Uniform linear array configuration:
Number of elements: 48
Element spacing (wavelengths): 1
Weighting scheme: cosine
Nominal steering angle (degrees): -60
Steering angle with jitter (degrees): -58.319
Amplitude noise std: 0.05
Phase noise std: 0.05

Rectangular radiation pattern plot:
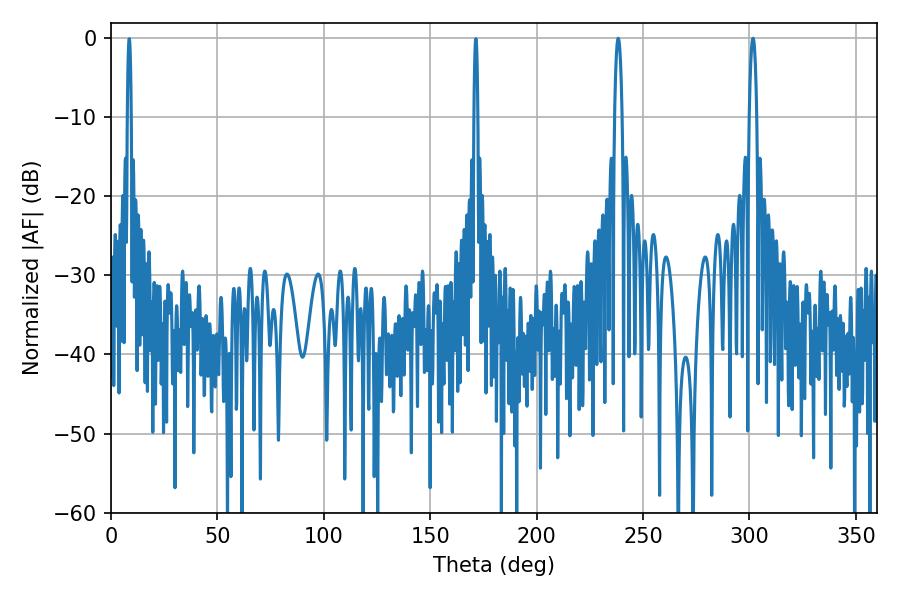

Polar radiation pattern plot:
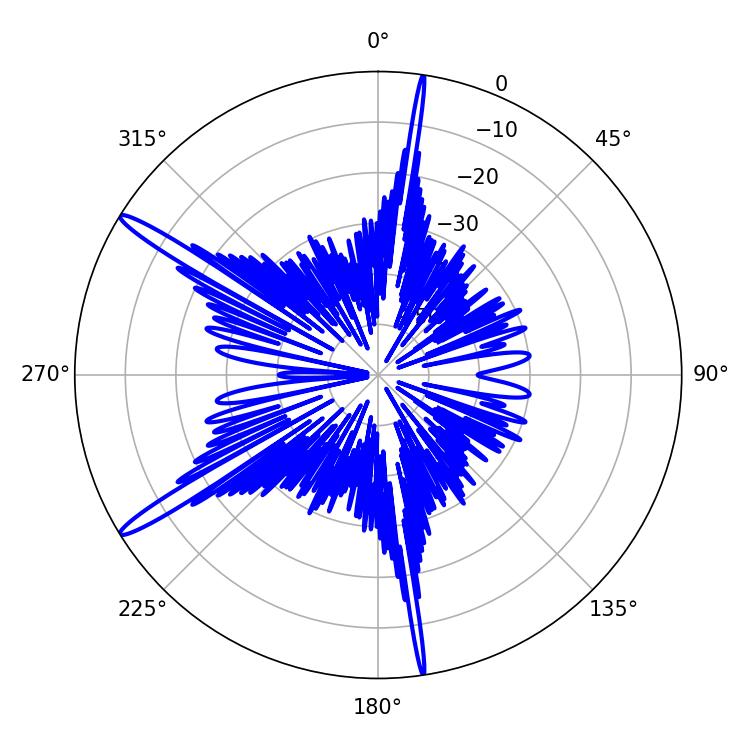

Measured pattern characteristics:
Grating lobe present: TRUE
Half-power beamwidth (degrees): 1.98
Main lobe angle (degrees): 238.32